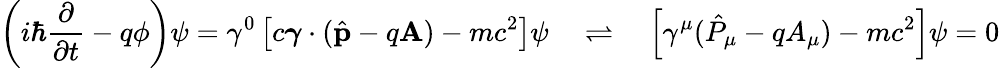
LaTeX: \left(i\hbar{\frac{\partial}{\partial t}}-q\phi\right)\psi=\gamma^{0}\left[c{\boldsymbol{\gamma}}\cdot{({\hat{\mathbf{p}}}-q\mathbf{A})}-mc^{2}\right]\psi\quad\rightleftharpoons\quad\left[\gamma^{\mu}({\hat{P}}_{\mu}-qA_{\mu})-mc^{2}\right]\psi=0